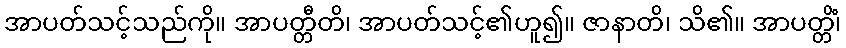
အာပတ်သင့်သည်ကို။ အာပတ္တီတိ၊ အာပတ်သင့်၏ဟူ၍။ ဇာနာတိ၊ သိ၏။ အာပတ္တိံ၊